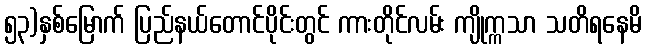
၅၃)နှစ်မြောက် ပြည်နယ်တောင်ပိုင်းတွင် ကားတိုင်လမ်း ကျိုက္ကသာ သတိရနေမိ